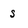
Character: s